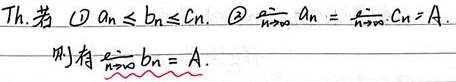
定理：若\textcircled{1}\(a_{n}\leq b_{n}\leq c_{n}\)，\textcircled{2}\(\lim\limits_{n \to \infty}a_{n}=\lim\limits_{n \to \infty}c_{n}=A\)，则有\(\lim\limits_{n \to \infty}b_{n}=A\)。